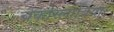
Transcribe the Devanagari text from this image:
चेकोस्लाविया